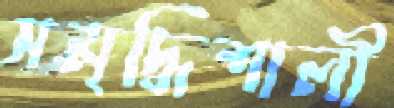
সমৃদ্ধিশালী